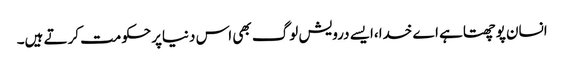
انسان پوچھتاہے اے خدا،ایسے درویش لوگ بھی اس دنیاپرحکومت کرتے ہیں۔